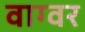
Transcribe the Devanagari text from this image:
वाग्वर